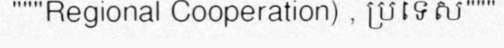
"""Regional Cooperation) , ប្រទេស"""